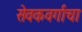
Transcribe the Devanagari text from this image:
सेवकवर्गाचा